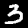
Label: 3